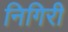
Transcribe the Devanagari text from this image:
निगिरी